Annual report on the working of the mental hospitals in the Madras Presidency - 1912-1932
Year: 1912
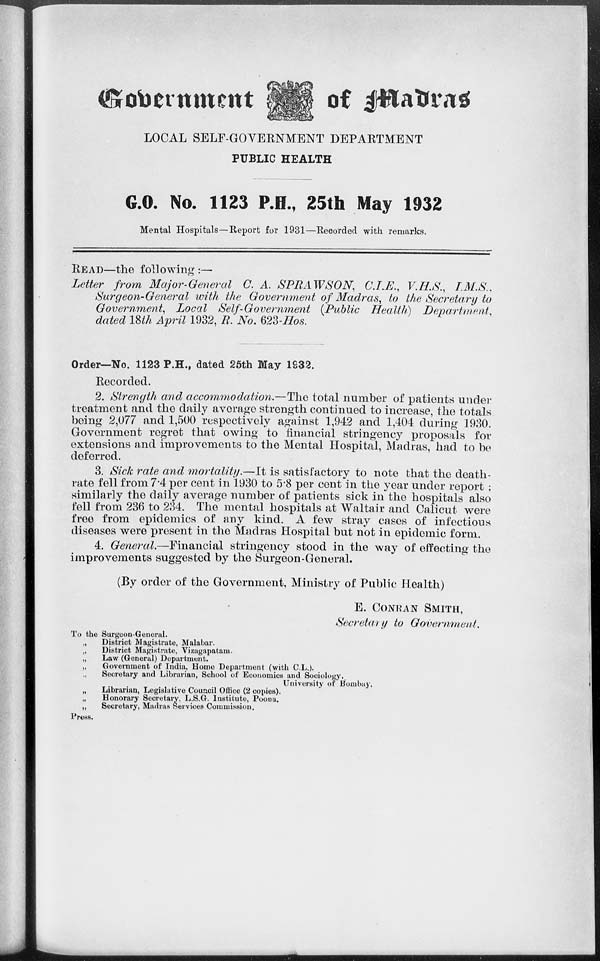
Government of Madras
LOCAL SELF-GOVERNMENT DEPARTMENT
PUBLIC HEALTH
G.O. No. 1123 P.H., 25th May 1932
Mental Hospitals—Report for 1931—Recorded with remarks.
READ—the following :—
Letter from Major-General C. A. SPRAWSON,
C.I.E., V.H.S., I.M.S..
Surgeon-General with the Government of Madras, to the Secretary to
Government, Local Self-Government (Public Health)
Department,
dated 18th April 1932, R. No. 623-Hos.
Order—No. 1123 P.H., dated 25th May 1932.
Recorded.
2. Strength and accommodation.—The total number of patients under
treatment and the daily average strength continued to increase, the totals
being 2,077 and 1,500 respectively against 1,942 and 1,404 during 1930.
Government regret that owing to financial stringency proposals for
extensions and improvements to the Mental Hospital, Madras, had to be
deferred.
3. Sick rate and mortality.—It is satisfactory to note that the death-
rate fell from 7.4 per cent in 1930 to 5.8 per cent in the year under report :
similarly the daily average number of patients sick in the hospitals also
fell from 236 to 234. The mental hospitals at Waltair and Calicut were
free from epidemics of any kind. A few stray cases of infectious
diseases were present in the Madras Hospital but not in epidemic form.
4. General.—Financial stringency stood in the way of effecting the
improvements suggested by the Surgeon-General.
(By order of the Government, Ministry of Public Health)
E. CONRAN SMITH,
Secretary to Government.
To the Surgeon-General.
„
District Magistrate, Malabar.
„
District Magistrate, Vizagapatam.
„
Law (General) Department.
„
Government of India, Home Department (with C.L.).
„ Secretary and Librarian, School of Economics and Sociology,
University of Bombay.
„
Librarian, Legislative Council Office (2 copies).
„
Honorary Secretary, L.S.G. Institute, Poona.
„
Secretary, Madras Services Commission.
Press.